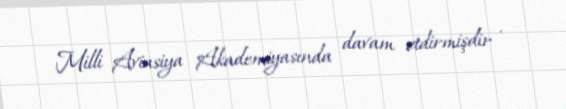
Milli Aviasiya Akademiyasında davam etdirmişdir .